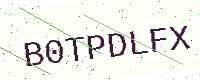
Text: B0TPDLFX